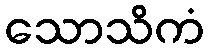
သောသိကံ